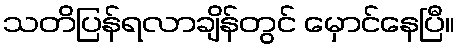
သတိပြန်ရလာချိန်တွင် မှောင်နေပြီ။